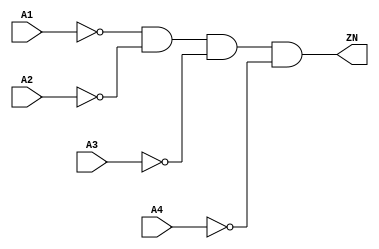
// Copyright 2022 GlobalFoundries PDK Authors
//
// Licensed under the Apache License, Version 2.0 (the "License");
// you may not use this file except in compliance with the License.
// You may obtain a copy of the License at
//
//      http://www.apache.org/licenses/LICENSE-2.0
//
// Unless required by applicable law or agreed to in writing, software
// distributed under the License is distributed on an "AS IS" BASIS,
// WITHOUT WARRANTIES OR CONDITIONS OF ANY KIND, either express or implied.
// See the License for the specific language governing permissions and
// limitations under the License.

module gf180mcu_fd_sc_mcu9t5v0__nor4_4( A3, ZN, A4, A2, A1 );
input A1, A2, A3, A4;
output ZN;

	wire A1_inv_for_gf180mcu_fd_sc_mcu9t5v0__nor4_4;

	not MGM_BG_0( A1_inv_for_gf180mcu_fd_sc_mcu9t5v0__nor4_4, A1 );

	wire A2_inv_for_gf180mcu_fd_sc_mcu9t5v0__nor4_4;

	not MGM_BG_1( A2_inv_for_gf180mcu_fd_sc_mcu9t5v0__nor4_4, A2 );

	wire A3_inv_for_gf180mcu_fd_sc_mcu9t5v0__nor4_4;

	not MGM_BG_2( A3_inv_for_gf180mcu_fd_sc_mcu9t5v0__nor4_4, A3 );

	wire A4_inv_for_gf180mcu_fd_sc_mcu9t5v0__nor4_4;

	not MGM_BG_3( A4_inv_for_gf180mcu_fd_sc_mcu9t5v0__nor4_4, A4 );

	and MGM_BG_4( ZN, A1_inv_for_gf180mcu_fd_sc_mcu9t5v0__nor4_4, A2_inv_for_gf180mcu_fd_sc_mcu9t5v0__nor4_4, A3_inv_for_gf180mcu_fd_sc_mcu9t5v0__nor4_4, A4_inv_for_gf180mcu_fd_sc_mcu9t5v0__nor4_4 );

endmodule